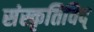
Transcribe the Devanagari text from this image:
संस्कृतिविद्